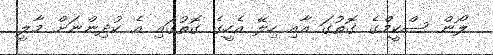
ލޯން ސްކީމްގެ ގޮތުގަ އާއި ހިލޭ އެހީގެ ގޮތުގައި އެ ކުދިންނަށް މާލީ